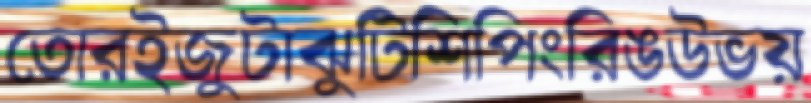
তোরইজুটাঝুটিশিপিংরিঙউভয়